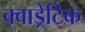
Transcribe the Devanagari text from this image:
क्वाड्रेटिक